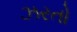
ઝરતો